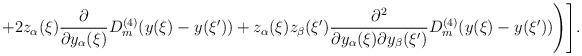
LaTeX: \begin{align*}+2z_\alpha(\xi)\frac{\partial}{\partial y_\alpha(\xi)}D_m^{(4)}(y(\xi)-y(\xi'))+z_\alpha(\xi)z_\beta(\xi')\frac{\partial^2}{\partial y_\alpha(\xi)\partial y_\beta(\xi')}D_m^{(4)}(y(\xi)-y(\xi'))\Biggr)\Biggr].\end{align*}